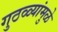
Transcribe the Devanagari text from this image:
गुठळ्यांमुळे